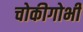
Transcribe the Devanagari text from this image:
चोकीगोभी